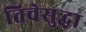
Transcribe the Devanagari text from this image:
तिचेसुद्धा